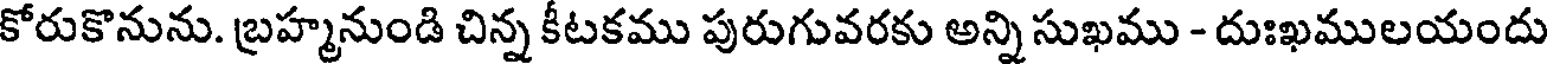
కోరుకొనును. బ్రహ్మనుండి చిన్న కీటకము పురుగువరకు అన్ని సుఖము - దుఃఖములయందు